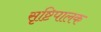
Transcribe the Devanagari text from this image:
सृष्टिपालक